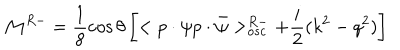
LaTeX: { \cal M } ^ { R - } = \frac 1 8 \cos \theta \left[ < p \cdot \psi p \cdot \bar { \psi } > _ { o s c } ^ { R - } + \frac i 2 ( k ^ { 2 } - q ^ { 2 } ) \right]